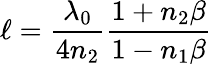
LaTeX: \ell=\frac{\lambda_{0}}{4n_{2}}\frac{1+n_{2}\beta}{1-n_{1}\beta}